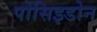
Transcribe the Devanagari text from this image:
पोसिइडोन